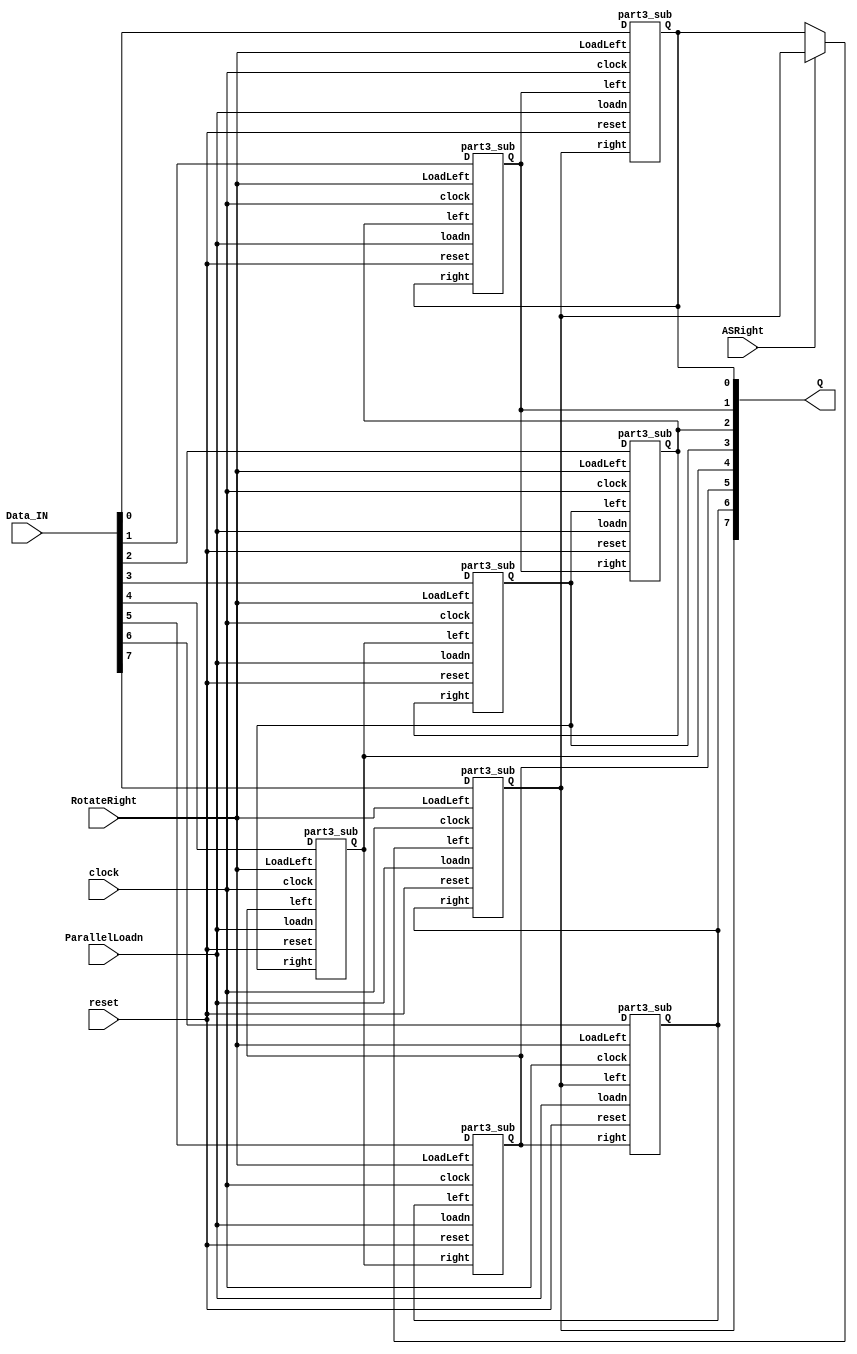

module part3(clock, reset, ParallelLoadn, RotateRight, ASRight, Data_IN, Q);
	input clock, reset, RotateRight, ASRight, ParallelLoadn;
	input [7:0] Data_IN;
	output [7:0] Q;
	
	
	part3_sub Q7(
		.clock(clock),
		.reset(reset),
		.LoadLeft(RotateRight),
		.loadn(ParallelLoadn),
		.right(Q[6]),
		.left((ASRight ? Q[7] : Q[0])),
		.D(Data_IN[7]),
		.Q(Q[7])
	);

	part3_sub Q6(
		.clock(clock),
		.reset(reset),
		.LoadLeft(RotateRight),
		.loadn(ParallelLoadn),
		.right(Q[5]),
		.left(Q[7]),
		.D(Data_IN[6]),
		.Q(Q[6])
	);

	part3_sub Q5(
		.clock(clock),
		.reset(reset),
		.LoadLeft(RotateRight),
		.loadn(ParallelLoadn),
		.right(Q[4]),
		.left(Q[6]),
		.D(Data_IN[5]),
		.Q(Q[5])
	);
	
	part3_sub Q4(
		.clock(clock),
		.reset(reset),
		.LoadLeft(RotateRight),
		.loadn(ParallelLoadn),
		.right(Q[3]),
		.left(Q[5]),
		.D(Data_IN[4]),
		.Q(Q[4])
	);
	
	part3_sub Q3(
		.clock(clock),
		.reset(reset),
		.LoadLeft(RotateRight),
		.loadn(ParallelLoadn),
		.right(Q[2]),
		.left(Q[4]),
		.D(Data_IN[3]),
		.Q(Q[3])
	);
	
	part3_sub Q2(
		.clock(clock),
		.reset(reset),
		.LoadLeft(RotateRight),
		.loadn(ParallelLoadn),
		.right(Q[1]),
		.left(Q[3]),
		.D(Data_IN[2]),
		.Q(Q[2])
	);
	
	part3_sub Q1(
		.clock(clock),
		.reset(reset),
		.LoadLeft(RotateRight),
		.loadn(ParallelLoadn),
		.right(Q[0]),
		.left(Q[2]),
		.D(Data_IN[1]),
		.Q(Q[1])
	);
	
	part3_sub Q0(
		.clock(clock),
		.reset(reset),
		.LoadLeft(RotateRight),
		.loadn(ParallelLoadn),
		.right(Q[7]),
		.left(Q[1]),
		.D(Data_IN[0]),
		.Q(Q[0])
	);

endmodule

module part3_sub(clock, reset, LoadLeft, loadn, right, left, D, Q);
	input clock, reset, LoadLeft, loadn, right, left, D;
	output Q;

	wire rotatedata;
	wire datato_dff;

	mux2to1 M0(
		.y(left),
		.x(right),
		.s(LoadLeft),
		.m(rotatedata)
	);

	mux2to1 M1( //instantiates 2nd multiplexer
		.y(rotatedata), //output from left most multiplexer
		.x(D), //data D coming in
		.s(loadn), //selects input D or rotate
		.m(datato_dff) //outputs to flip flop
	);

	flipflop F0(
		.d(datato_dff),
		.clock(clock),
		.reset(reset),
		.q(Q)
	);
	
endmodule

module flipflop(d, q, clock, reset); // active high sync reset.
	input d, clock, reset;
	output reg q;

	always @(posedge clock) // triggered every time clock rises
	begin
		if (reset == 1'b1) // when reset is 1 (note this is tested on every rising clock edge)
			q <= 1'b0; // q is set to 0. Note that the assignment uses <=
		else // when Reset b is not 0
			q <= d; // value of d passes through to output q
	end
endmodule

module mux2to1 (x,y,s,m);
	input x;
	input y;
	input s;
	output m;

 	wire con1;
	wire con2;
	wire con3;

//    assign m = s & y | ~s & x;
	
 	v7408 u0(
		.pin1(s),
		.pin2(y),
		.pin3(con1)
	);
	
	v7404 u1(
		.pin1(s),
		.pin2(con2)
	);
	
	v7408 u2(
		.pin1(con2),
		.pin2(x),
		.pin3(con3)
	);

	v7432 u3(
		.pin1(con1),
		.pin2(con3),
		.pin3(m)
	);	
endmodule


module v7408 (input pin1, pin2, pin4, pin5, pin13, pin12, pin10, pin9,
				output pin3, pin6, pin11, pin8);
		
		assign pin3 = (pin1 & pin2);
		assign pin6 = (pin5 & pin4);
		assign pin8 = (pin9 & pin10);
		assign pin11 = (pin12 & pin13);
		
endmodule // 7408 - AND chip.

module v7432(input pin1, pin2, pin4, pin5, pin13, pin12, pin10, pin9,
			 output pin3, pin6, pin11, pin8);
	assign pin3 = pin1 | pin2;
	assign pin6 = pin4 | pin5;
	assign pin11 = pin13 | pin12;
	assign pin8 = pin10 | pin9;
endmodule

module v7404(input pin1, pin3, pin5, pin13, pin11, pin9,
			 output pin2, pin4, pin6, pin12, pin10, pin8);
	assign pin2 = !pin1;
	assign pin4 = !pin3;
	assign pin6 = !pin5;
	assign pin12 = !pin13;
	assign pin10 = !pin11;
	assign pin8 = !pin9;
endmodule